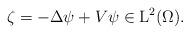
LaTeX: \begin{align*}\zeta=-\Delta\psi+V\psi\in\mathrm{L}^2(\Omega).\end{align*}